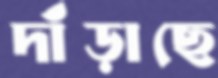
দাঁড়াছে